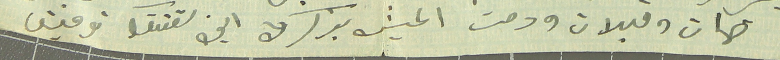
ضمات وقبلات ودمت اعيش بذكرك ابن شققك توفيق